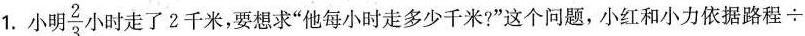
1.小明\frac{2}{3}小时走了2千米，要想求”他每小时走多少千米?”这个问题，小红和小力依据路程÷